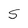
Character: S